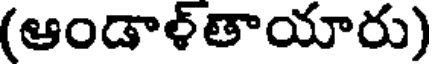
(ఆండాళ్తాయారు)